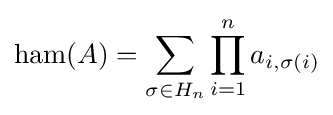
\operatorname {ham} (A)=\sum _{\sigma \in H_{n}}\prod _{i=1}^{n}a_{i,\sigma (i)}